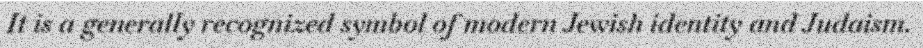
It is a generally recognized symbol of modern Jewish identity and Judaism.